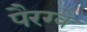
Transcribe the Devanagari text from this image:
पैरग्वे